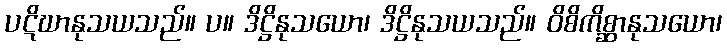
ပဋိဃာနုသယသည်။ ပ။ ဒိဋ္ဌိနုသယော၊ ဒိဋ္ဌိနုသယသည်။ ဝိစိကိစ္ဆာနုသယော၊